Language: tamil
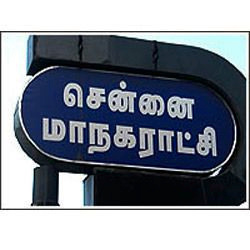
Transcription: சென்னை மாநகராட்சி